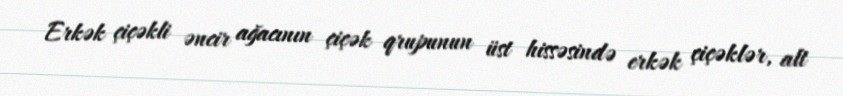
Erkək çiçəkli əncir ağacının çiçək qrupunun üst hissəsində erkək çiçəklər, alt